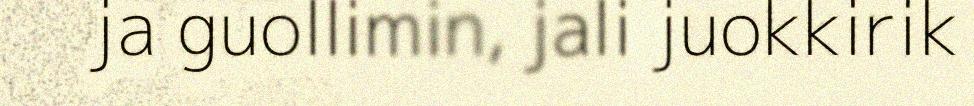
ja guollimin, jali juokkirik